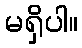
မရှိပါ။